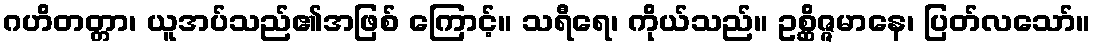
ဂဟိတတ္တာ၊ ယူအပ်သည်၏အဖြစ် ကြောင့်။ သရီရေ၊ ကိုယ်သည်။ ဥစ္ဆိဇ္ဇမာနေ၊ ပြတ်လသော်။